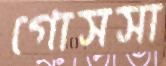
গোসসা